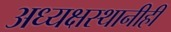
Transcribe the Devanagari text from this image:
अध्यक्षस्थानीही